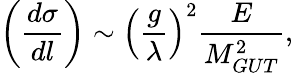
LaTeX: \left(\frac{d\sigma}{dl}\right)\sim\left(\frac{g}{\lambda}\right)^{2}\frac{E}{M_{GUT}^{2}},